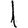
Digit: 1